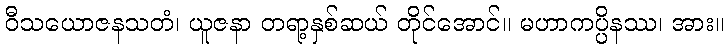
ဝီသယောဇနသတံ၊ ယူဇနာ တရာ့နှစ်ဆယ် တိုင်အောင်။ မဟာကပ္ပိနဿ၊ အား။